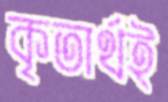
কৃতার্থই